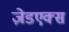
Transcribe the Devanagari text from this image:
ज़ेडएक्स